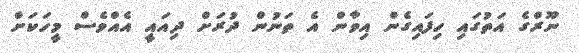
ނޫރްގެ އަތުގައި ހިފައިގެން އިވާން އެ ތަނުން ދުރަށް ދިއައީ އެއްވެސް މީހަކަށް